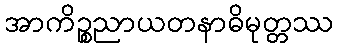
အာကိဉ္စညာယတနာဓိမုတ္တဿ